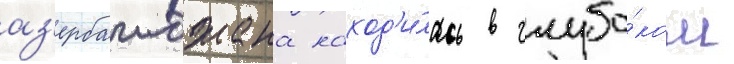
аз'ербаиджана наход'и́лась в глубо́ком